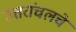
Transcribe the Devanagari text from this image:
उत्तरांचलचे